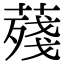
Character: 𦺐